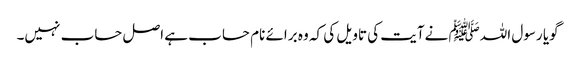
گویا رسول اللہﷺ نےآیت کی تاویل کی کہ وہ برائے نام حساب ہے اصل حساب نہیں۔